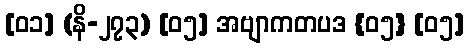
[၀၁] (နိ-၂၇၃) [၀၅] အဗျာကတပဒ {၀၅} [၀၅]